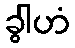
ခွါဟံ